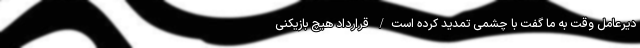
دیرعامل وقت به ما گفت با چشمی تمدید کرده است/ قرارداد هیچ بازیکنی